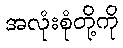
အလုံးစုံတို့ကို